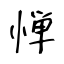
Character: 惮